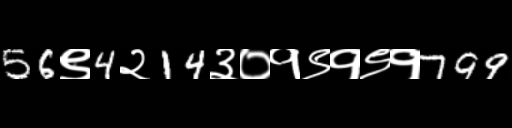
Text: 56९4२14३०१९१९१799